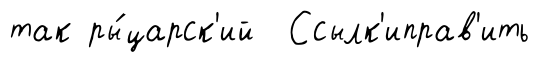
так ры́царск'ий Ссылк'иправ'ить